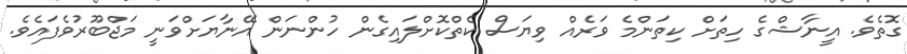
ގޮތެވެ. އީނާޝްގެ ހިތަށް ކިތަންމެ ވަރެއް ވިޔަސް ކެތްކޮށްލައިގެން ހުންނަން އޭނާޔަށްވަނީ މަޖްބޫރުވެފައެވެ.